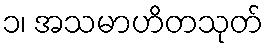
၁၊ အသမာဟိတသုတ်